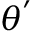
{ \boldsymbol { \theta } } ^ { \prime }